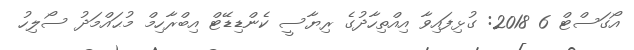
އޯގަސްޓް 6 2018: ގުޅިފައިވާ އިއްތިހާދުގެ ރިޔާސީ ކެންޑިޑޭޓް އިބްރާހިމް މުޙައްމަދު ސޯލިހު